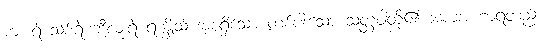
ကျားရဲ သစ်ရဲ ဘီလူးရဲ ရက္ခိုသ် အစရှိသော တစ်ပါးသော သတ္တဝါတို့၏ အစာအဟာရတည်း။